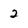
Character: 2